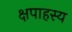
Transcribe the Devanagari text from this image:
क्षपाहस्य